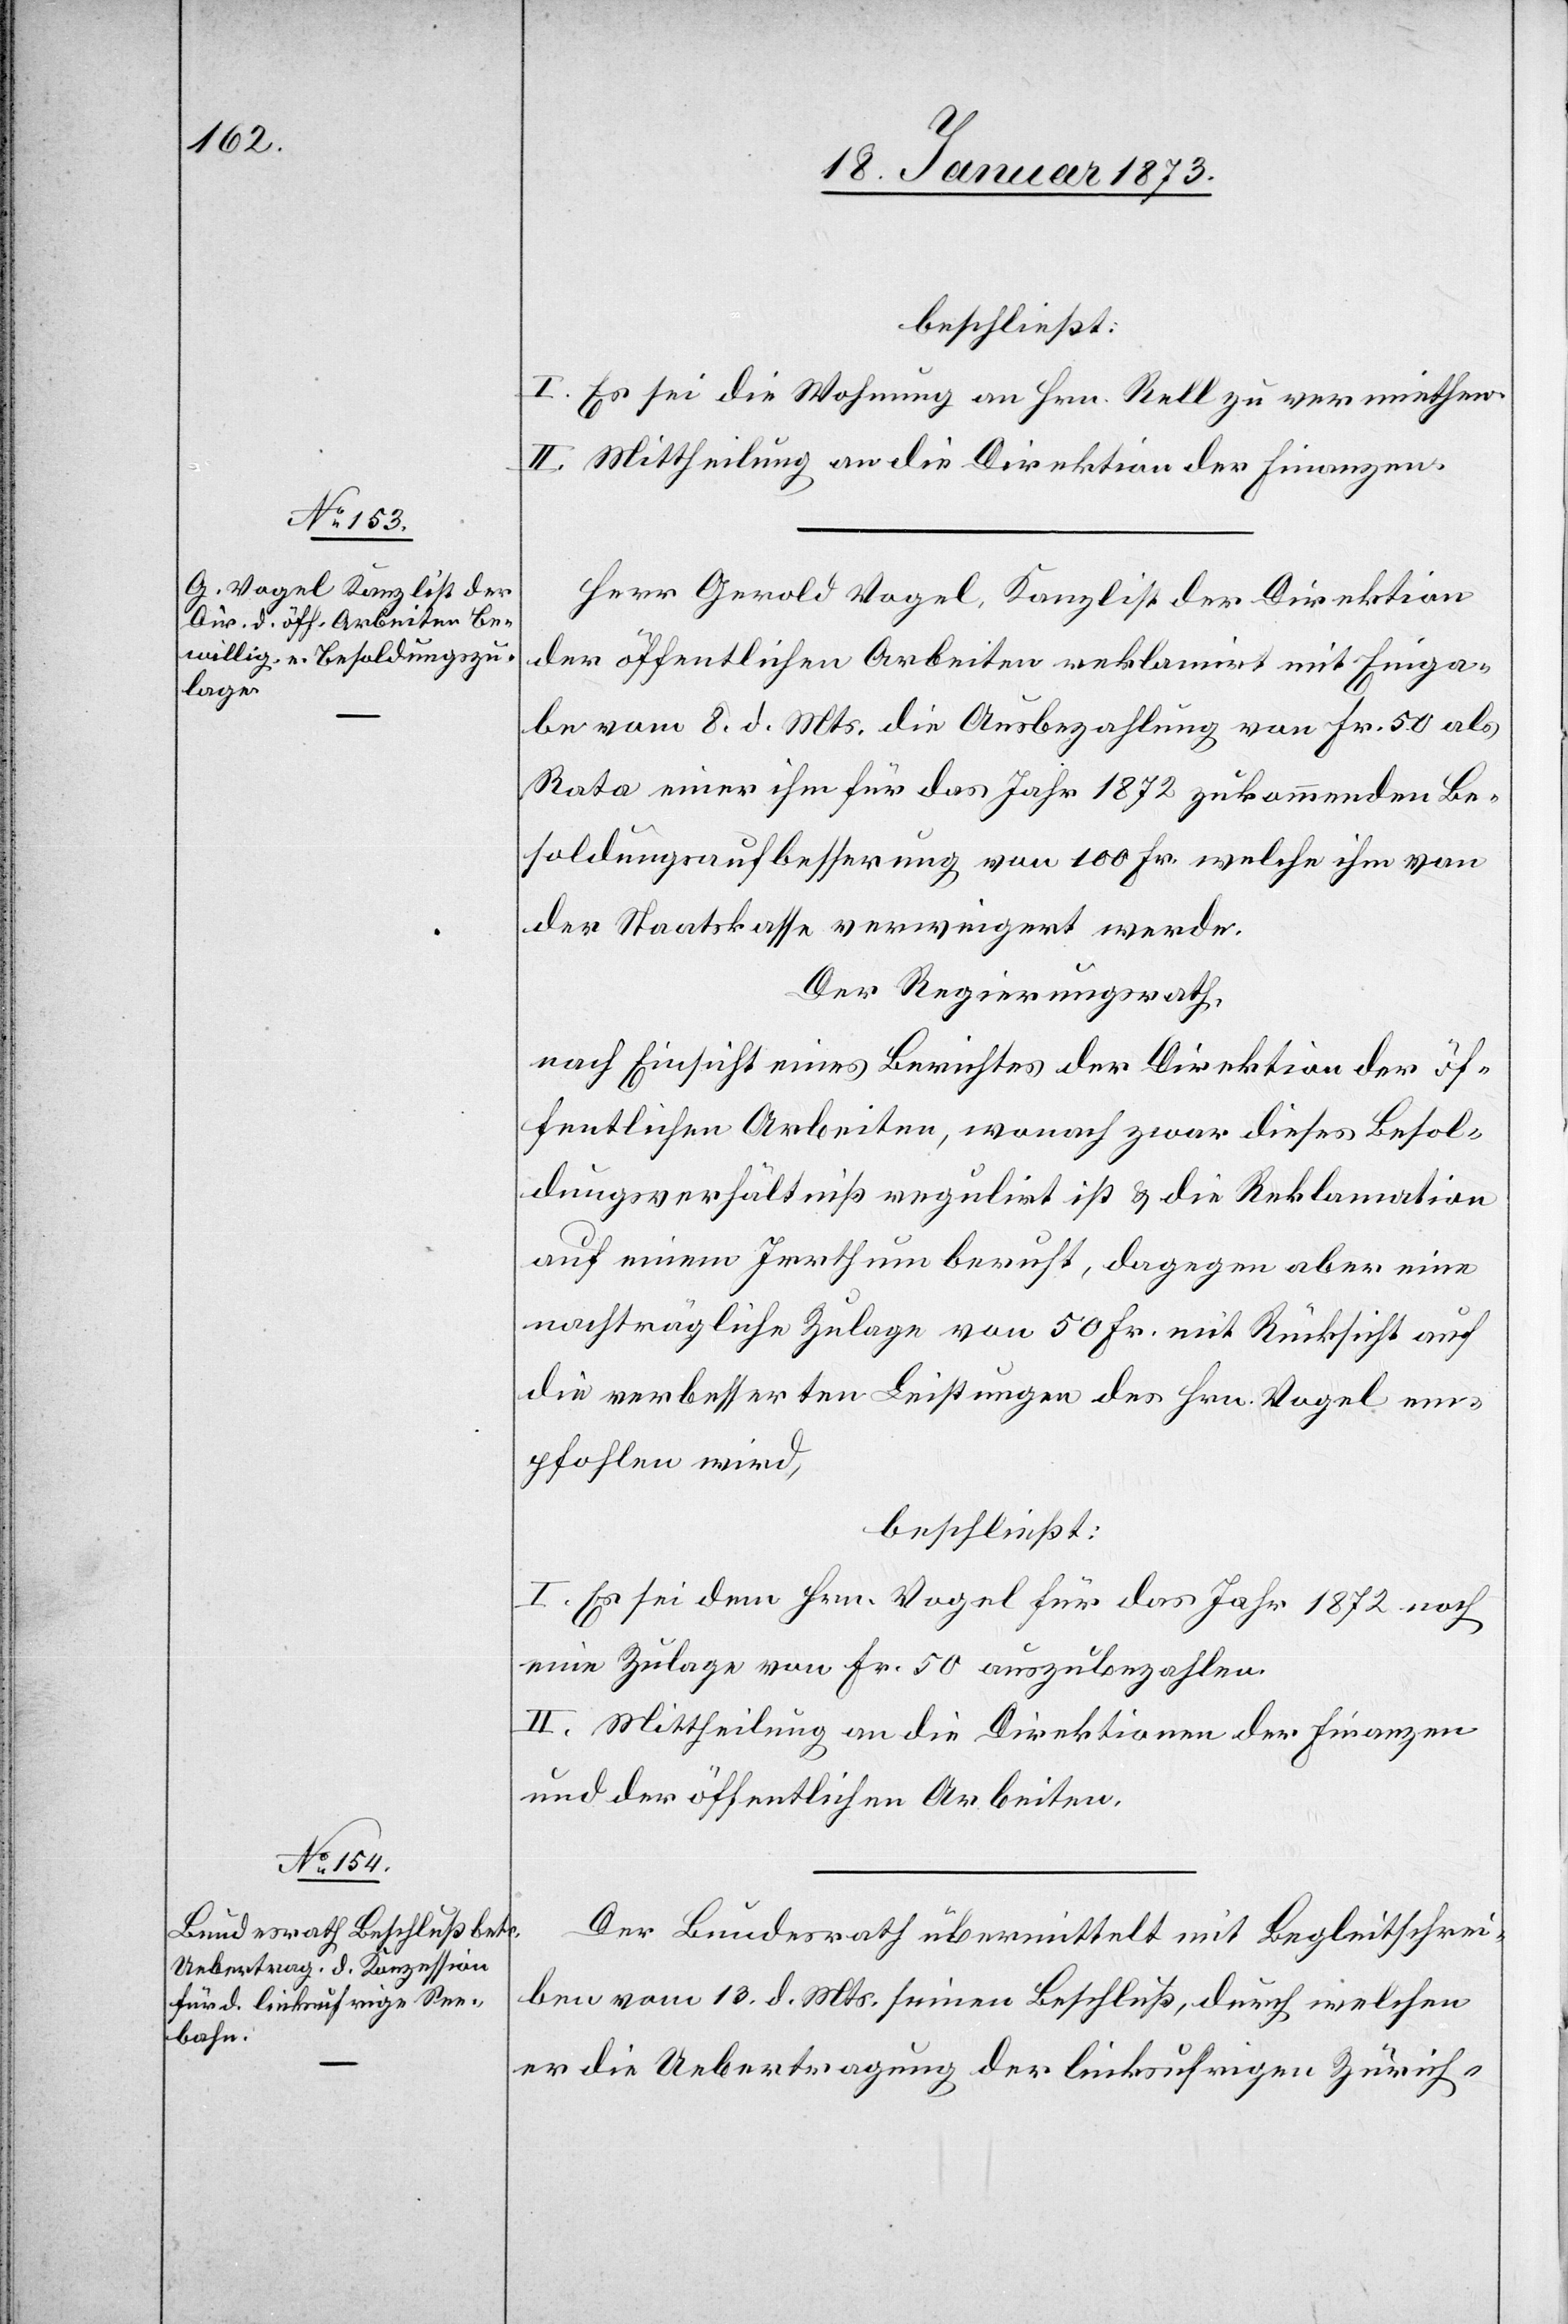
beschließt:
I. Es sei die Wohnung an Hrn. Rell zu vermiethen.
II. Mittheilung an die Direktion der Finanzen.
Herr Gerold Vogel, Kanzlist der Direktion
der öffentlichen Arbeiten reklamirt mit Einga¬
be vom 8. d. Mts. die Ausbezahlung von Fr. 50 als
Rata einer ihm für das Jahr 1872 zukommenden Be¬
soldungsaufbesserung von 100 Fr. welche ihm von
der Staatskasse verweigert werde.
Der Regierungsrath,
nach Einsicht eines Berichtes der Direktion der öf¬
fentlichen Arbeiten, wonach zwar dieses Besol¬
dungsverhältniß regulirt ist u. die Reklamation
auf einem Irrthum beruht, dagegen aber eine
nachträgliche Zulage von 50 Fr. mit Rücksicht auf
die verbesserten Leistungen des Hrn. Vogel em¬
pfohlen wird,
beschließt:
I. Es sei dem Hrn. Vogel für das Jahr 1872 noch
eine Zulage von Fr. 50 auszubezahlen.
II. Mittheilung an die Direktionen der Finanzen
und der öffentlichen Arbeiten.
Der Bundesrath übermittelt mit Begleitschrei¬
ben vom 13. d. Mts. seinen Beschluß, durch welchen
er die Uebertragung der linksufrigen Zürich-